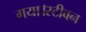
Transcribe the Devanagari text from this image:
गया।स्टीवन